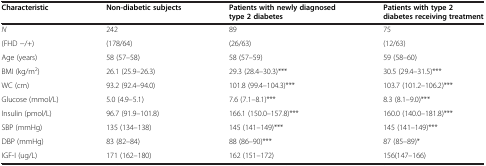
| Characteristic | Non-diabetic subjects | Patients with newly diagnosed type 2 diabetes | Patients with type 2 diabetes receiving treatment |
 | --- | --- | --- | --- |
 | N | 242 | 89 | 75 |
 | (FHD −/+) | (178/64) | (26/63) | (12/63) |
 | Age (years) | 58 (57–58) | 58 (57–59) | 59 (58–60) |
 | BMI (kg/m2) | 26.1 (25.9–26.3) | 29.3 (28.4–30.3)*** | 30.5 (29.4–31.5)*** |
 | WC (cm) | 93.2 (92.4–94.0) | 101.8 (99.4–104.3)*** | 103.7 (101.2–106.2)*** |
 | Glucose (mmol/L) | 5.0 (4.9–5.1) | 7.6 (7.1–8.1)*** | 8.3 (8.1–9.0)*** |
 | Insulin (pmol/L) | 96.7 (91.9–101.8) | 166.1 (150.0–157.8)*** | 160.0 (140.0–181.8)*** |
 | SBP (mmHg) | 135 (134–138) | 145 (141–149)*** | 145 (141–149)*** |
 | DBP (mmHg) | 83 (82–84) | 88 (86–90)*** | 87 (85–89)* |
 | IGF-I (ug/L) | 171 (162–180) | 162 (151–172) | 156(147–166) |